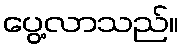
ပွေ့လာသည်။